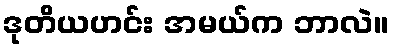
ဒုတိယဟင်း အမယ်က ဘာလဲ။